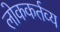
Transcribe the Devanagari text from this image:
लोककर्तव्य